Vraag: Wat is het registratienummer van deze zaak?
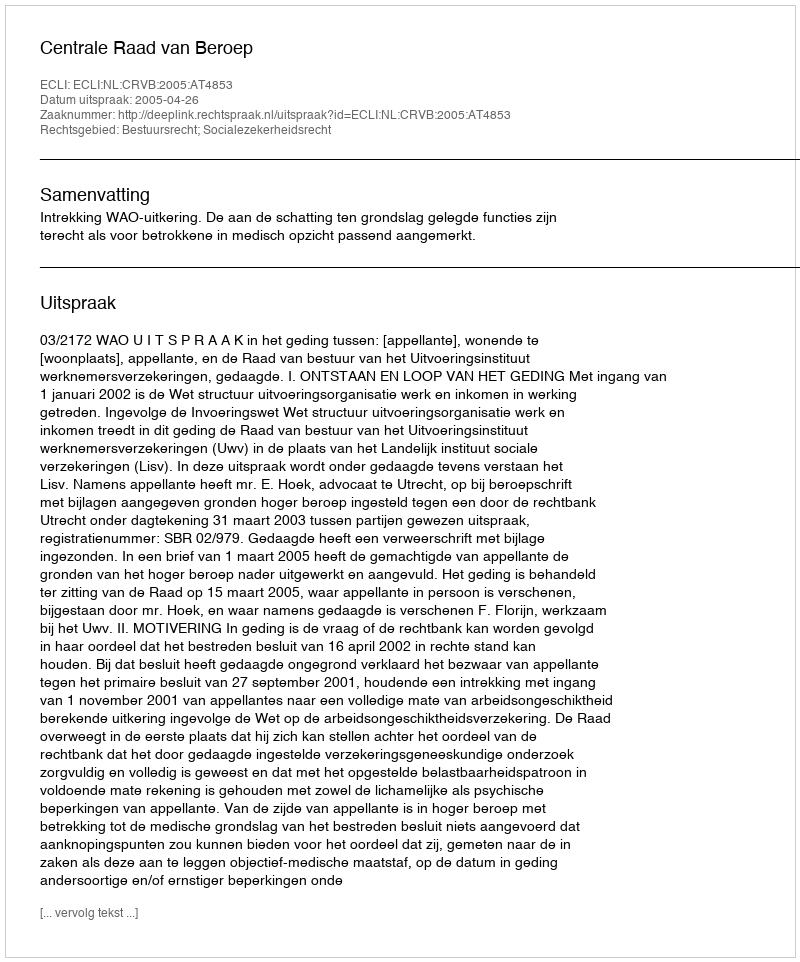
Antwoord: http://deeplink.rechtspraak.nl/uitspraak?id=ECLI:NL:CRVB:2005:AT4853